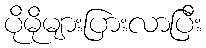
ပိုမိုများပြားလာပြီး